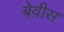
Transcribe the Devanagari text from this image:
बेवीस